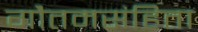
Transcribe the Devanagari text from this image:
गौतमसंहिता